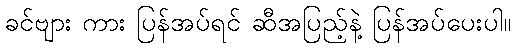
ခင်ဗျား ကား ပြန်အပ်ရင် ဆီအပြည့်နဲ့ ပြန်အပ်ပေးပါ။